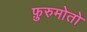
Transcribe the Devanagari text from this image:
फ़ुरुमोतो